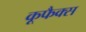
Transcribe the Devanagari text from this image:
कूफैक्स